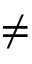
\neq